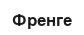
Френге